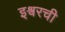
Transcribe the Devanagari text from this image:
इश्वरची